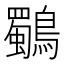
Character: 鸀